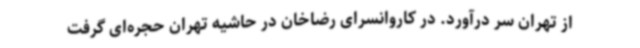
از تهران سر درآورد. در کاروانسرای رضاخان در حاشیه تهران حجره‌ای گرفت